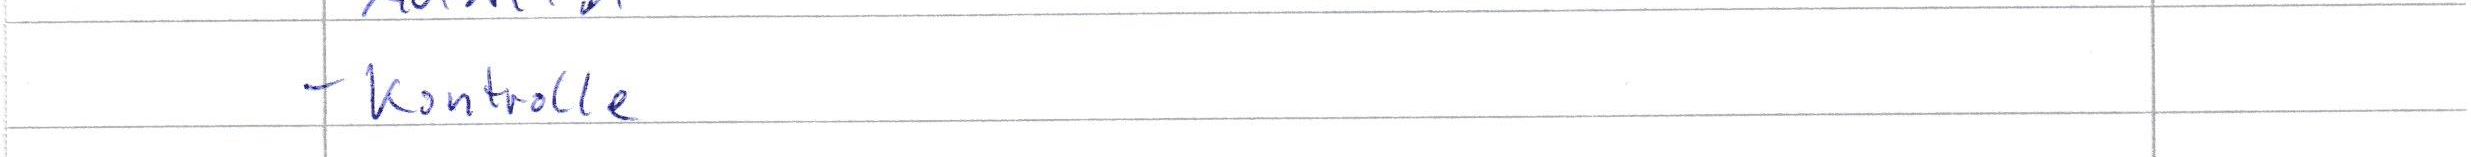
- Kontrolle